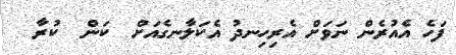
ފަހެ އެއުރެން ނަވަށް އެރިހިނދު އެކަލާނގެއަށް  ކަން  ކުރާ